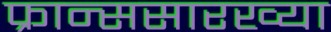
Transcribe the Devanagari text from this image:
फ्रान्ससारख्या